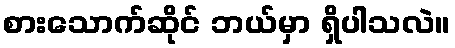
စားသောက်ဆိုင် ဘယ်မှာ ရှိပါသလဲ။